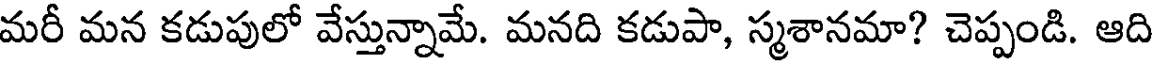
మరీ మన కడుపులో వేస్తున్నామే. మనది కడుపా, స్మశానమా? చెప్పండి. ఆది